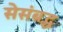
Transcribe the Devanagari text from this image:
सेसंबद्ध